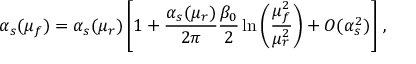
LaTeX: \alpha _ { s } ( \mu _ { f } ) = \alpha _ { s } ( \mu _ { r } ) \left[ 1 + \frac { \alpha _ { s } ( \mu _ { r } ) } { 2 \pi } \frac { \beta _ { 0 } } { 2 } \ln \left( \frac { \mu _ { f } ^ { 2 } } { \mu _ { r } ^ { 2 } } \right) + O ( \alpha _ { s } ^ { 2 } ) \right] \, ,